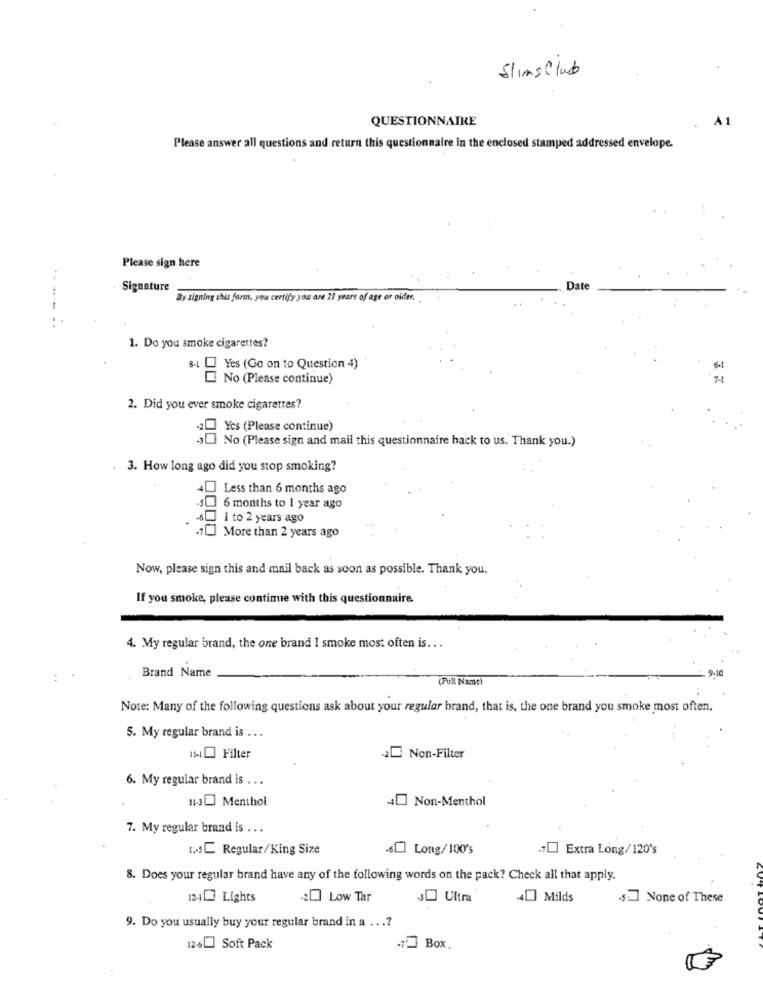
SlimsClub
QUESTIONNAIRE
A1
Please answer all questions and return this questionnaire in the enclosed stamped addressed envelope.
Please sign here
Signature
Date
By signing this forin, you certify you are 21 years of age or oidm.
1. Do you smoke cigarettes?
8-1 L Yes (Go on to Question 4)
No (Please continue)
2. Did you ever smoke cigarettes?
20 Yes (Please continue)
JO No (Please sign and mail this questionnaire back to us. Thank you.)
. 3. How long ago did you stop smoking?
]Less than 6 months ago
-$ 6 months to 1 year ago
-6 1 to 2 years ago
.] More than 2 years ago
Now, please sign this and mail back as soon as possible. Thank you.
If you smoke, please continue with this questionnaire.
4. My regular brand, the one brand I smoke most often is ...
Brand Name
9-10
(Pull Name)
Note: Many of the following questions ask about your regular brand, that is, the one brand you smoke most often.
5. My regular brand is ...
114 Filter
2- Non-Filter
6. My regular brand is ...
13Menthol
40 Non-Menthol
7. My regular brand is ...
t :- SC Regular/King Size
.s.] Long/100's
- Extra Long/120's
8. Does your regular brand have any of the following words on the pack? Check all that apply.
124 Lights
20 Low Tar
30 Ultra
-40 Milds
-5: None of These
9. Do you usually buy your regular brand in a ...?
12-6[ Soft Pack
7Box,